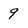
Character: 9